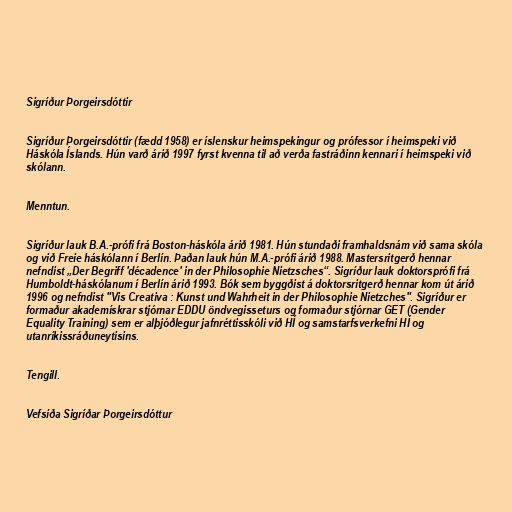
Sigríður Þorgeirsdóttir

Sigríður Þorgeirsdóttir (fædd 1958) er íslenskur heimspekingur og prófessor í heimspeki við
Háskóla Íslands. Hún varð árið 1997 fyrst kvenna til að verða fastráðinn kennari í heimspeki við
skólann.

Menntun.

Sigríður lauk B.A.-prófi frá Boston-háskóla árið 1981. Hún stundaði framhaldsnám við sama skóla
og við Freie háskólann í Berlín. Þaðan lauk hún M.A.-prófi árið 1988. Mastersritgerð hennar
nefndist „Der Begriff 'décadence' in der Philosophie Nietzsches“. Sigríður lauk doktorsprófi frá
Humboldt-háskólanum í Berlín árið 1993. Bók sem byggðist á doktorsritgerð hennar kom út árið
1996 og nefndist "Vis Creativa : Kunst und Wahrheit in der Philosophie Nietzches". Sigríður er
formaður akademískrar stjórnar EDDU öndvegisseturs og formaður stjórnar GET (Gender
Equality Training) sem er alþjóðlegur jafnréttisskóli við HÍ og samstarfsverkefni HÍ og
utanríkissráðuneytisins.

Tengill.

Vefsíða Sigríðar Þorgeirsdóttur